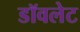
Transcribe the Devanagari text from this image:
डॉवलेट